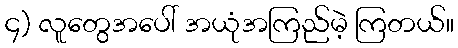
၄) လူတွေအပေါ် အယုံအကြည်မဲ့ ကြတယ်။